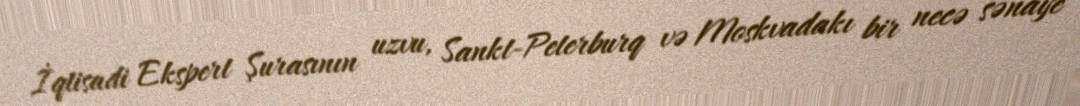
İqtisadi Ekspert Şurasının uzvu, Sankt-Peterburq və Moskvadakı bir necə sənaye